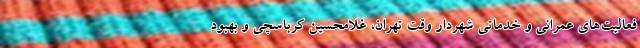
فعالیت‌های عمرانی و خدماتیِ شهردار وقت تهران، غلامحسین کرباسچی و بهبود